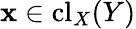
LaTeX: \mathbf{x}\in\mathrm{{{cl}}}_{X}(Y)